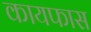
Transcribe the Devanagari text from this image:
कायफास